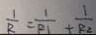
\frac { 1 } { R } = \frac { 1 } { R _ { 1 } } + \frac { 1 } { R _ { 2 } }